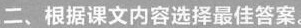
二、根据课文内容选择最佳答案。